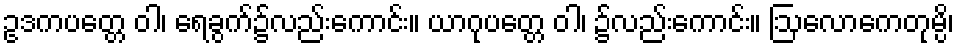
ဥဒကပတ္တေ ဝါ၊ ရေခွက်၌လည်းကောင်း။ ယာဂုပတ္တေ ဝါ၊ ၌လည်းကောင်း။ ဩလောကေတုမ္ပိ၊